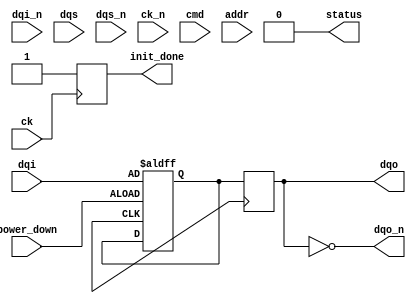
module gddr5_io_block (
    input wire [15:0] dqi,           // Data Input Lines (DQ)
    input wire [15:0] dqi_n,         // Inverted Data Input Lines (DQ#)
    input wire dqs,                  // Data Strobe (DQS)
    input wire dqs_n,                // Inverted Data Strobe (DQS#)
    input wire ck,                   // Clock (CK)
    input wire ck_n,                 // Inverted Clock (CK#)
    input wire [5:0] cmd,            // Command Input
    input wire [31:0] addr,          // Address Input
    input wire power_down,           // Power down control
    output wire [15:0] dqo,          // Data Output Lines
    output wire [15:0] dqo_n,        // Inverted Data Output Lines
    output wire status,               // Status signal for error checks
    output wire init_done            // Initialization complete status
);

// Parameters for Timing Control
parameter SETUP_TIME = 2;
parameter HOLD_TIME = 1;

// Internal signals
reg [15:0] dqi_reg;                  // Registered DQ Input
reg [15:0] dqo_reg;                  // Registered DQ Output
reg [3:0] state;                     // State Machine Register
reg init_state;                      // Initialization State
wire clk_en;                        // Clock enable signal

// Clock Gating Logic
assign clk_en = !power_down;

// Input Buffers
always @(posedge ck_en or negedge power_down) begin
    if (!power_down) begin
        dqi_reg <= {dqi[15:0]};     // Register Input DQ
    end
end

// Output Buffers
always @(posedge ck_en) begin
    dqo_reg <= dqi_reg;              // Simple pass-through for demonstration
end

// State Machine for Basic Operation
always @(posedge ck_en) begin
    case (state)
        4'b0000: if (cmd == 6'b000001) state <= 4'b0001; // Example command
        4'b0001: begin
            // Command Execution logic
            // Transition to Idle/Wait state after operation
            state <= 4'b0000; 
        end
        default: state <= 4'b0000;
    endcase
end

// Initialization Sequence
always @(posedge ck) begin
    if(init_state == 1'b0) begin
        // Perform initialization
        init_state <= 1'b1; // Set done status
    end
end

// Assign Output Signals
assign dqo = dqo_reg;            // Output DQ
assign dqo_n = ~dqo;             // Inverted output
assign status = 1'b0;            // Placeholder for status indication
assign init_done = init_state;   // Initialization status

endmodule